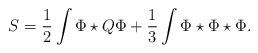
LaTeX: \begin{align*}S=\frac12 \int \Phi \star Q\Phi+\frac13 \int \Phi \star \Phi \star\Phi .\end{align*}